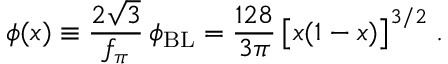
\phi ( x ) \equiv \frac { 2 \sqrt { 3 } } { f _ { \pi } } \, \phi _ { \mathrm { B L } } = \frac { 1 2 8 } { 3 \pi } \, \big [ x ( 1 - x ) \big ] ^ { 3 / 2 } \; .